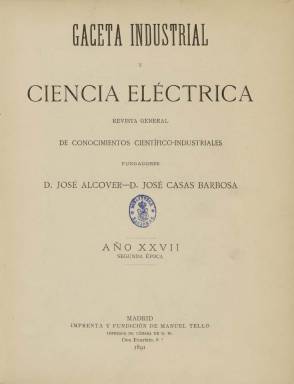
Título: Gaceta industrial y ciencia eléctrica
Colección: Industria
Ámbito geográfico: Madrid
Lugar de publicación: Madrid
Fechas: 10/01/1891-25/06/1891

Esta publicación nació en 1891 de la fusión de La Gaceta industrial, que se distribuía junto con la Revista de electricidad, y de Ciencia eléctrica, que se había fundado el año anterior. Su director fue el de esta última, José Casas Barbosa, y no estuvo mucho tiempo en el mercado con este título pues en julio de ese año pasaría a llamarse Naturaleza, ciencia e industria.

    Con 24 páginas, salía los días 10 y 25 de cada mes e incluía ilustraciones en varias páginas, lo que hacía menos árida su lectura dado que su contenido era predominantemente especializado y dirigido a un público con formación técnica.

    Entre los artículos dedicados a hablar de investigaciones, máquinas o componentes eléctricos, de vez en cuando incluía alguna información o reportaje de alcance más general. Así, en su segundo número dio noticia de las ciudades españolas que contaban en 1891 con alumbrado eléctrico. De las 49 capitales de provincia, son 30 las que ya lo tenían instalado o en vías de tenerlo. Por ejemplo, Cuenca contaba con él pero no Ciudad Real. Además tenían alumbrado grandes poblaciones que no son capitales como Gijón, Elche o Algeciras.  Y en el tercer número se puede leer un reportaje acompañado de un grabado sobre la instalación eléctrica en el Monasterio del Escorial.

   En la revista colaboró José Echegaray, que era ingeniero e hizo grandes aportaciones a la física y las matemáticas, aunque como dramaturgo, por lo que era más conocido, fue galardonado con el Premio Nobel en 1904.

   La publicación contaba con una sección de noticias del extranjero para informar sobre los avances en el campo eléctrico y científico en general, así como otra sección de bibliografía en la que se hacían reseñas de libros.

    En el último número que salió con este título la publicación informó del kinetógrafo de Edison, un aparato de imágenes en movimiento que anunciaba ya la invención del cine.

[Descripción publicada el 26/7/2018]